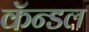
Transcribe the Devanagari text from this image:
कॅन्डल